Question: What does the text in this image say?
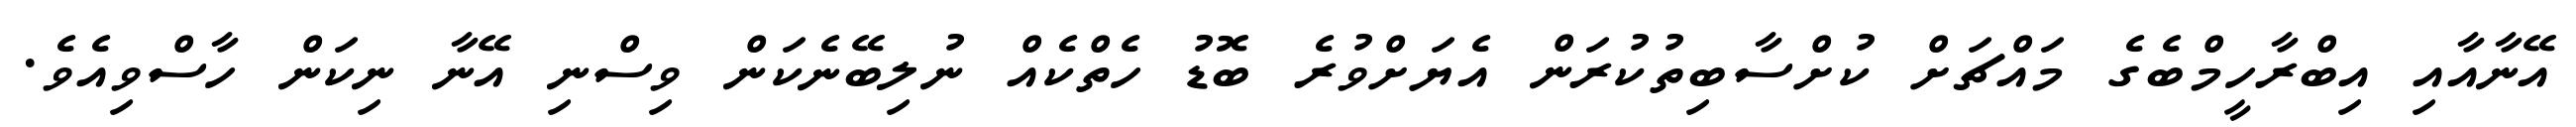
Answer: އޭނާއާއި އިބްރާހީމްބެގެ މައްޗަށް ކުށްސާބިތުކުރަން އެޔަށްވުރެ ބޮޑު ހެތްކެއް ނުލިބޭނެކަން ވިސްނި އޭނާ ނިކަން ހާސްވިއެވެ.